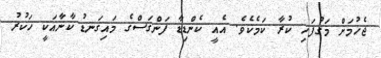
ޖެހުމަށް މަގުފަހި ކުރާ ކަމެކެވެ. އެއީ ކެންޑިޑާ ފަންގަސްގެ މައިގަނޑު ކާނާއަކީ ހަކުރު